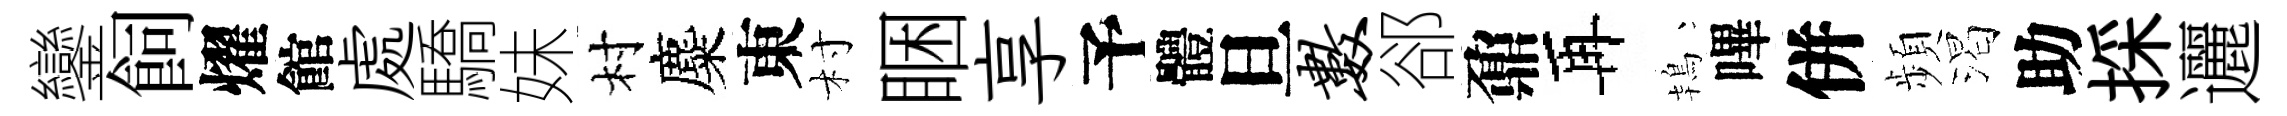
鑾飼燿館處驕妹村麋東村睏享予體旦数郤鼐再鴇嗶併頻渴助採邐